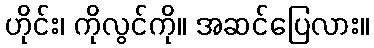
ဟိုင်း၊ ကိုလွင်ကို။ အဆင်ပြေလား။